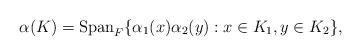
LaTeX: \begin{align*}\alpha(K)=\mathrm{Span}_F \{ \alpha_1(x)\alpha_2(y) : x\in K_1, y\in K_2 \},\end{align*}